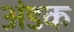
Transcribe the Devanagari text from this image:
अंडक